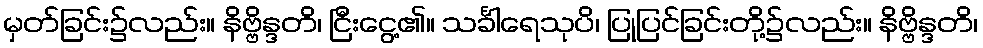
မှတ်ခြင်း၌လည်း။ နိဗ္ဗိန္ဒတိ၊ ငြီးငွေ့၏။ သင်္ခါရေသုပိ၊ ပြုပြင်ခြင်းတို့၌လည်း။ နိဗ္ဗိန္ဒတိ၊